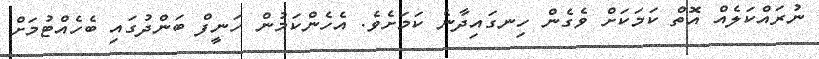
ނުރައްކަލެއް އޮތް ކަމަކަށް ވެގެން ހިނގައިދާނެ ކަމަށެވެ. އެހެންކަމުން ހަނީފް ބަންދުގައި ބެހެއްޓުމަށް